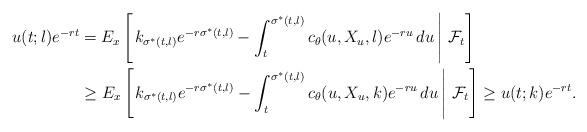
LaTeX: \begin{align*}u(t;l)e^{-rt} &= E_x\left[\left.k_{\sigma^{\ast}(t,l)}e^{-r\sigma^{\ast}(t,l)}-\int_t^{\sigma^{\ast}(t,l)}c_{\theta}(u,X_u,l)e^{-ru}\,du\,\right\vert\,\mathcal{F}_t \right] \\ &\geq E_x\left[\left.k_{\sigma^{\ast}(t,l)}e^{-r\sigma^{\ast}(t,l)}-\int_t^{\sigma^{\ast}(t,l)}c_{\theta}(u,X_u,k)e^{-ru}\,du\,\right\vert\,\mathcal{F}_t \right] \geq u(t;k)e^{-rt}.\end{align*}